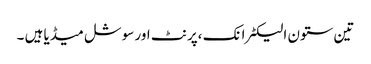
تین ستون الیکٹرانک ،پرنٹ اور سوشل میڈیا ہیں ۔